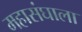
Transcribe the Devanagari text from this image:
महासंघाला